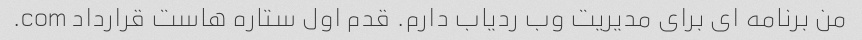
من برنامه ای برای مدیریت وب ردیاب دارم. قدم اول ستاره هاست قرارداد com.